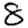
Digit: 8